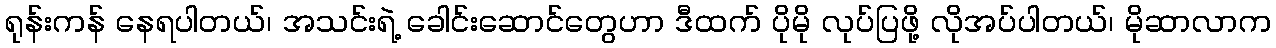
ရုန်းကန် နေရပါတယ်၊ အသင်းရဲ့ ခေါင်းဆောင်တွေဟာ ဒီထက် ပိုမို လုပ်ပြဖို့ လိုအပ်ပါတယ်၊ မိုဆာလာက